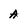
Character: A